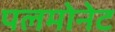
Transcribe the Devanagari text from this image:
पलमोनेट